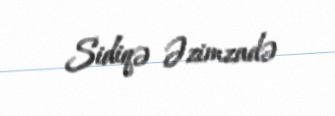
Sidiqə Əzimzadə